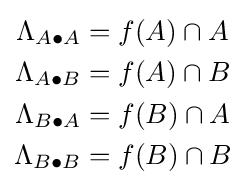
{\begin{aligned}\Lambda _{A\bullet A}&=f(A)\cap A\\\Lambda _{A\bullet B}&=f(A)\cap B\\\Lambda _{B\bullet A}&=f(B)\cap A\\\Lambda _{B\bullet B}&=f(B)\cap B\end{aligned}}